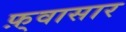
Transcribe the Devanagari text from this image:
फ़्वासार